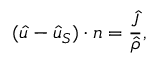
( \boldsymbol { \hat { u } } - \boldsymbol { \hat { u } } _ { S } ) \cdot n = \frac { \hat { J } } { \hat { \rho } } ,